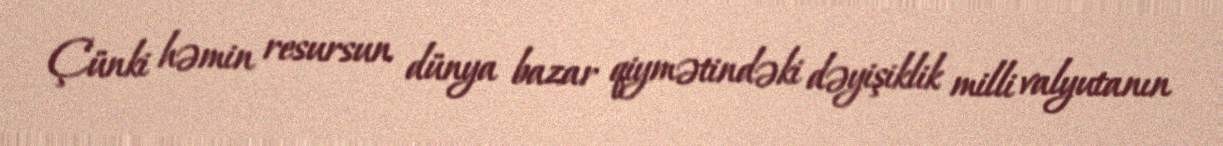
Çünki həmin resursun dünya bazar qiymətindəki dəyişiklik milli valyutanın